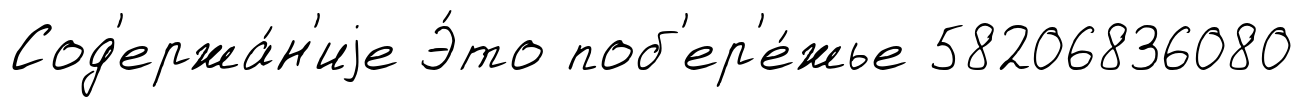
Сод'ержа́н'иjе Э́то поб'ер'е́жье 58206836080